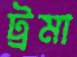
ট্রমা